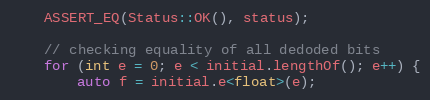
Language: C++
    ASSERT_EQ(Status::OK(), status);

    // checking equality of all dedoded bits
    for (int e = 0; e < initial.lengthOf(); e++) {
        auto f = initial.e<float>(e);